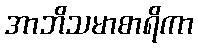
အာဘိသမာစာရိကာ